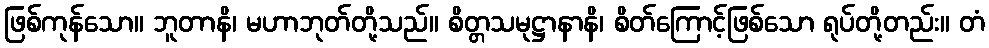
ဖြစ်ကုန်သော။ ဘူတာနိ၊ မဟာဘုတ်တို့သည်။ စိတ္တသမုဋ္ဌာနာနိ၊ စိတ်ကြောင့်ဖြစ်သော ရုပ်တို့တည်း။ တံ